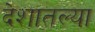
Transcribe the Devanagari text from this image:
देशातल्‍या